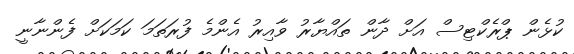
ކުޅެން ޕްރެކްޓިސް އަށް ދާން ތައްޔާރު ވާއިރު އެންމެ ފުރަތަމަ ކަމަކަށް ފެންނާނީ